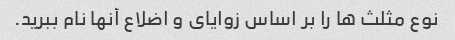
نوع مثلث ها را بر اساس زوایای و اضلاع آنها نام ببرید.